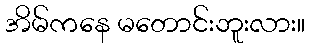
အိမ်ကနေ မတောင်းဘူးလား။